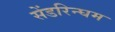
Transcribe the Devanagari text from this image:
सेंडरिन्घम